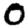
Digit: 0